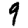
Digit: 9